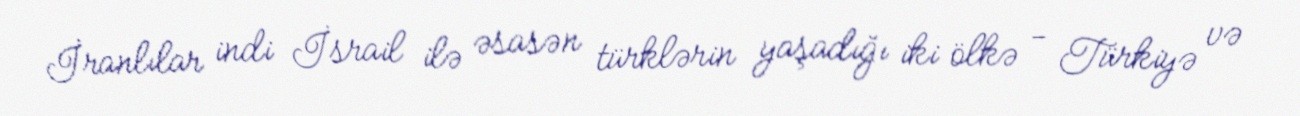
İranlılar indi İsrail ilə əsasən türklərin yaşadığı iki ölkə - Türkiyə və